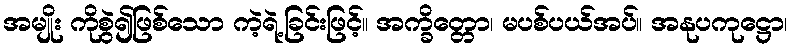
အမျိုး ကိုစွဲ၍ဖြစ်သော ကဲ့ရဲ့ခြင်းဖြင့်။ အက္ခိတ္တော၊ မပစ်ပယ်အပ်။ အနုပကုဋ္ဌော၊